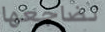
تضاجعها